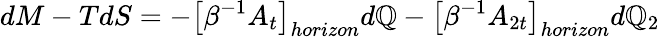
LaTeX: dM-TdS=-\left[\beta^{-1}A_{t}\right]_{horizon}d\mathbb{Q}-\left[\beta^{-1}A_{2t}\right]_{horizon}d\mathbb{Q}_{2}